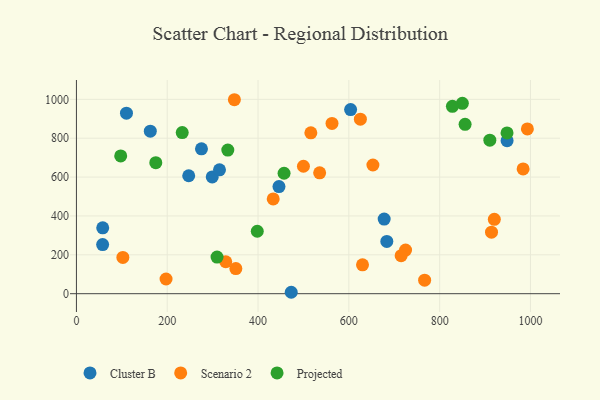
{"axis": {"x": "Investment", "y": "Salary"}, "legend": ["Cluster B", "Projected", "Scenario 2"], "data": [{"x": "473.1", "y": 7.3, "type": "Cluster B"}, {"x": "677.8", "y": 384.1, "type": "Cluster B"}, {"x": "110.2", "y": 928.7, "type": "Cluster B"}, {"x": "247.3", "y": 606.9, "type": "Cluster B"}, {"x": "948.5", "y": 787.3, "type": "Cluster B"}, {"x": "275.4", "y": 745.2, "type": "Cluster B"}, {"x": "57.7", "y": 252.6, "type": "Cluster B"}, {"x": "299.1", "y": 600.6, "type": "Cluster B"}, {"x": "446.1", "y": 551.1, "type": "Cluster B"}, {"x": "683.6", "y": 268.8, "type": "Cluster B"}, {"x": "57.9", "y": 339.0, "type": "Cluster B"}, {"x": "603.9", "y": 947.4, "type": "Cluster B"}, {"x": "162.7", "y": 836.1, "type": "Cluster B"}, {"x": "315.1", "y": 637.1, "type": "Cluster B"}, {"x": "625.4", "y": 897.7, "type": "Scenario 2"}, {"x": "914.2", "y": 316.5, "type": "Scenario 2"}, {"x": "562.9", "y": 875.9, "type": "Scenario 2"}, {"x": "766.9", "y": 69.4, "type": "Scenario 2"}, {"x": "351.1", "y": 129.2, "type": "Scenario 2"}, {"x": "535.7", "y": 621.7, "type": "Scenario 2"}, {"x": "500.0", "y": 655.8, "type": "Scenario 2"}, {"x": "993.2", "y": 847.9, "type": "Scenario 2"}, {"x": "920.4", "y": 382.7, "type": "Scenario 2"}, {"x": "983.8", "y": 641.7, "type": "Scenario 2"}, {"x": "516.3", "y": 827.7, "type": "Scenario 2"}, {"x": "653.0", "y": 662.1, "type": "Scenario 2"}, {"x": "724.9", "y": 224.4, "type": "Scenario 2"}, {"x": "433.4", "y": 487.6, "type": "Scenario 2"}, {"x": "102.3", "y": 186.8, "type": "Scenario 2"}, {"x": "630.1", "y": 148.3, "type": "Scenario 2"}, {"x": "197.4", "y": 75.7, "type": "Scenario 2"}, {"x": "715.2", "y": 195.8, "type": "Scenario 2"}, {"x": "347.9", "y": 998.0, "type": "Scenario 2"}, {"x": "328.9", "y": 164.3, "type": "Scenario 2"}, {"x": "457.3", "y": 619.6, "type": "Projected"}, {"x": "309.7", "y": 188.2, "type": "Projected"}, {"x": "333.4", "y": 738.7, "type": "Projected"}, {"x": "910.5", "y": 789.9, "type": "Projected"}, {"x": "233.0", "y": 828.9, "type": "Projected"}, {"x": "398.3", "y": 321.4, "type": "Projected"}, {"x": "850.0", "y": 979.5, "type": "Projected"}, {"x": "97.5", "y": 709.0, "type": "Projected"}, {"x": "828.1", "y": 963.9, "type": "Projected"}, {"x": "856.0", "y": 871.3, "type": "Projected"}, {"x": "948.4", "y": 827.0, "type": "Projected"}, {"x": "174.8", "y": 674.0, "type": "Projected"}]}